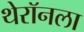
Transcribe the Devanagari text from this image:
थेरॉनला